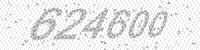
Solution: 624600